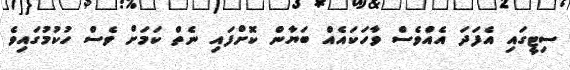
ސިޓީގައި އެފަދަ އެއްވެސް ވާހަކައެއް ބަޔާން ކޮށްފައި ނެތް ކަމަށް ވެސް ހުކުމުގައިވެ